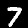
Label: 7